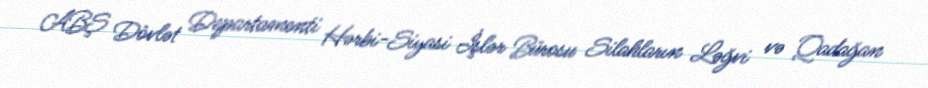
ABŞ Dövlət Departamenti Hərbi-Siyasi İşlər Bürosu Silahların Ləğvi və Qadağan